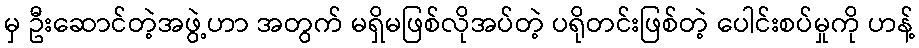
မှ ဦးဆောင်တဲ့အဖွဲ့ဟာ အတွက် မရှိမဖြစ်လိုအပ်တဲ့ ပရိုတင်းဖြစ်တဲ့ ပေါင်းစပ်မှုကို ဟန့်